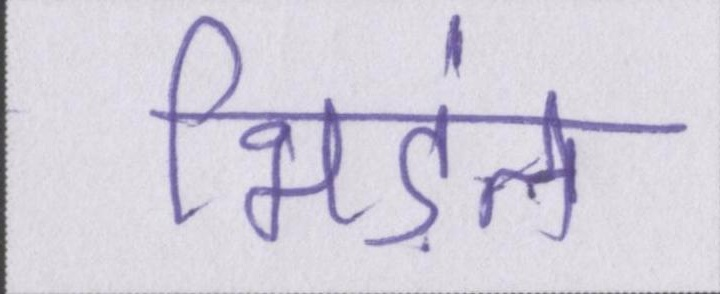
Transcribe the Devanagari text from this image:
भिड़ंत